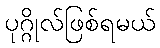
ပုဂ္ဂိုလ်ဖြစ်ရမယ်